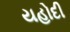
યહોદી